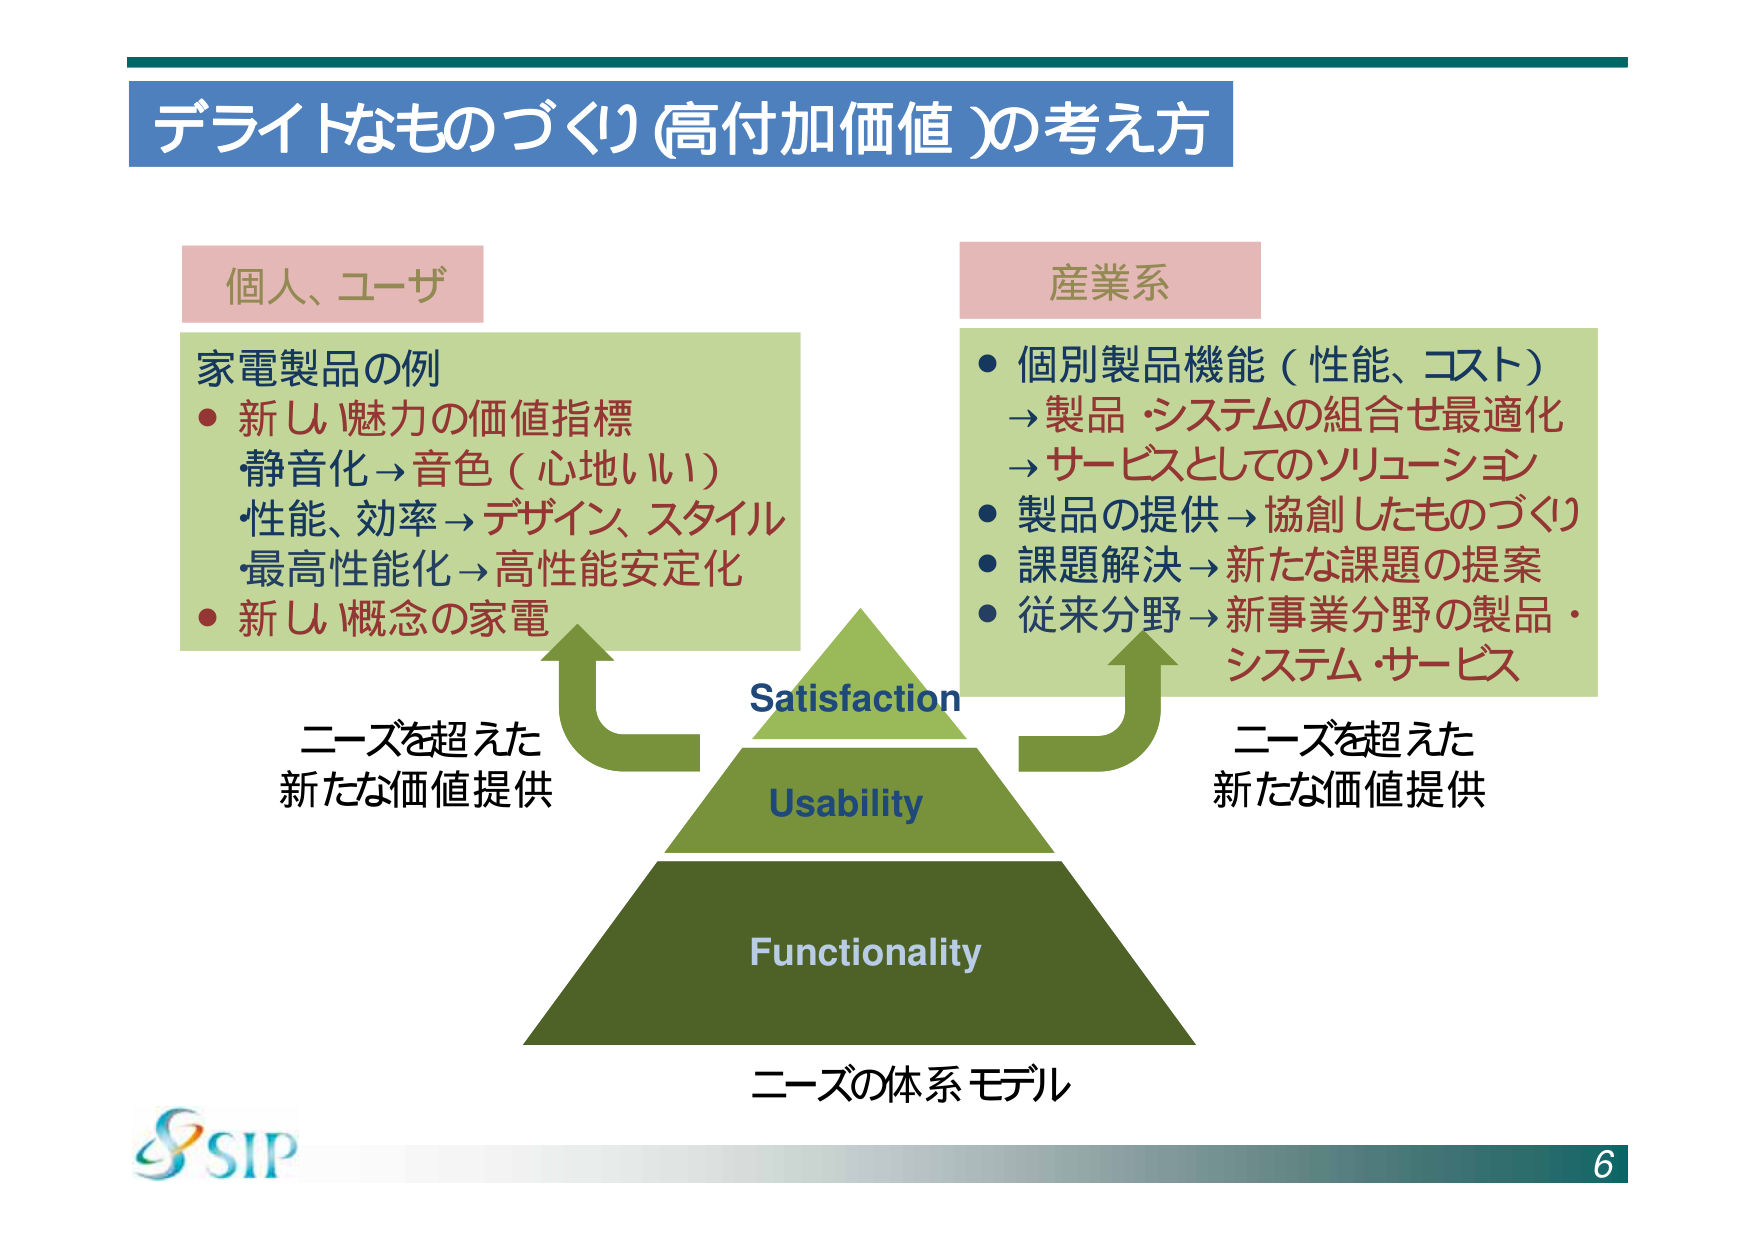
デライトなものづくり（高付加価値）の考え方

個人、ユーザ
家電製品の例
・新し 魅力の価値指標
　静音化→音色（心地いい）
　性能、効率→デザイン、スタイル
　最高性能化→高性能安定化
・新し 概念の家電

産業系
・個別製品機能（性能、コスト）
　→製品・システムの組合せ最適化
　→サービスとしてのソリューション
・製品の提供→協創したものづくり
・課題解決→新たな課題の提案
・従来分野→新事業分野の製品・
　システム・サービス

ニーズを超えた
新たな価値提供

Satisfaction
Usability
Functionality

ニーズの体系モデル

ニーズを超えた
新たな価値提供

SIP
6